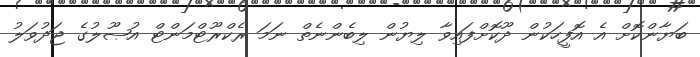
ބަޔާންކޮށް އެ އޮފީހަކުން ދޫކޮށްފައިވާ ލިޔުން ލިބެންނެތް ނަމަ ރެކްރޫޓްމަންޓް އުޞޫލުގެ ޖަދުވަލު